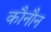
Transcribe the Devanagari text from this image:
कौनौन